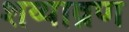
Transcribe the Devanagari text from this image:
शय्याव्रण